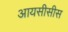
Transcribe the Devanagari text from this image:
आयसीसीस